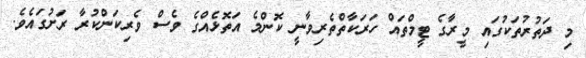
މި ދަތުރުތަކުގައި މީރާގެ ޓީމްތައް ހަރަކާތްތެރިވާނީ ކޮންމެ އަތޮޅެއްގެ ވެސް ވެރިކަންކުރާ ރަށުގައެވެ.